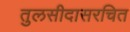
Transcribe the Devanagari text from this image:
तुलसीदासरचित